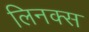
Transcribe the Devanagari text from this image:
लिनक्‍स